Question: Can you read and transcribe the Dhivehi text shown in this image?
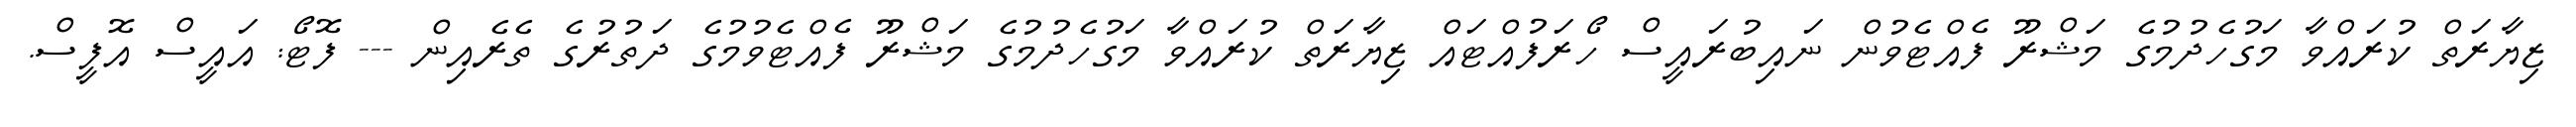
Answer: ޒިޔާރަތް ކުރައްވާ މަގުހެދުމުގެ މަޝްރޫ ފެއްޓެވުން ނައިބުރައީސް ހޯރަފުއްޓައް ޒިޔާރަތް ކުރައްވާ މަގުހެދުމުގެ މަޝްރޫ ފެއްޓެވުމުގެ ދަތުރުގެ ތެރެއިން --- ފޮޓޯ: އައީސް އޮފީސް.